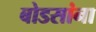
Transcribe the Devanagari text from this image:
बोडसांना